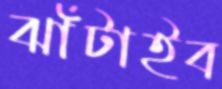
ঝাঁটাইব